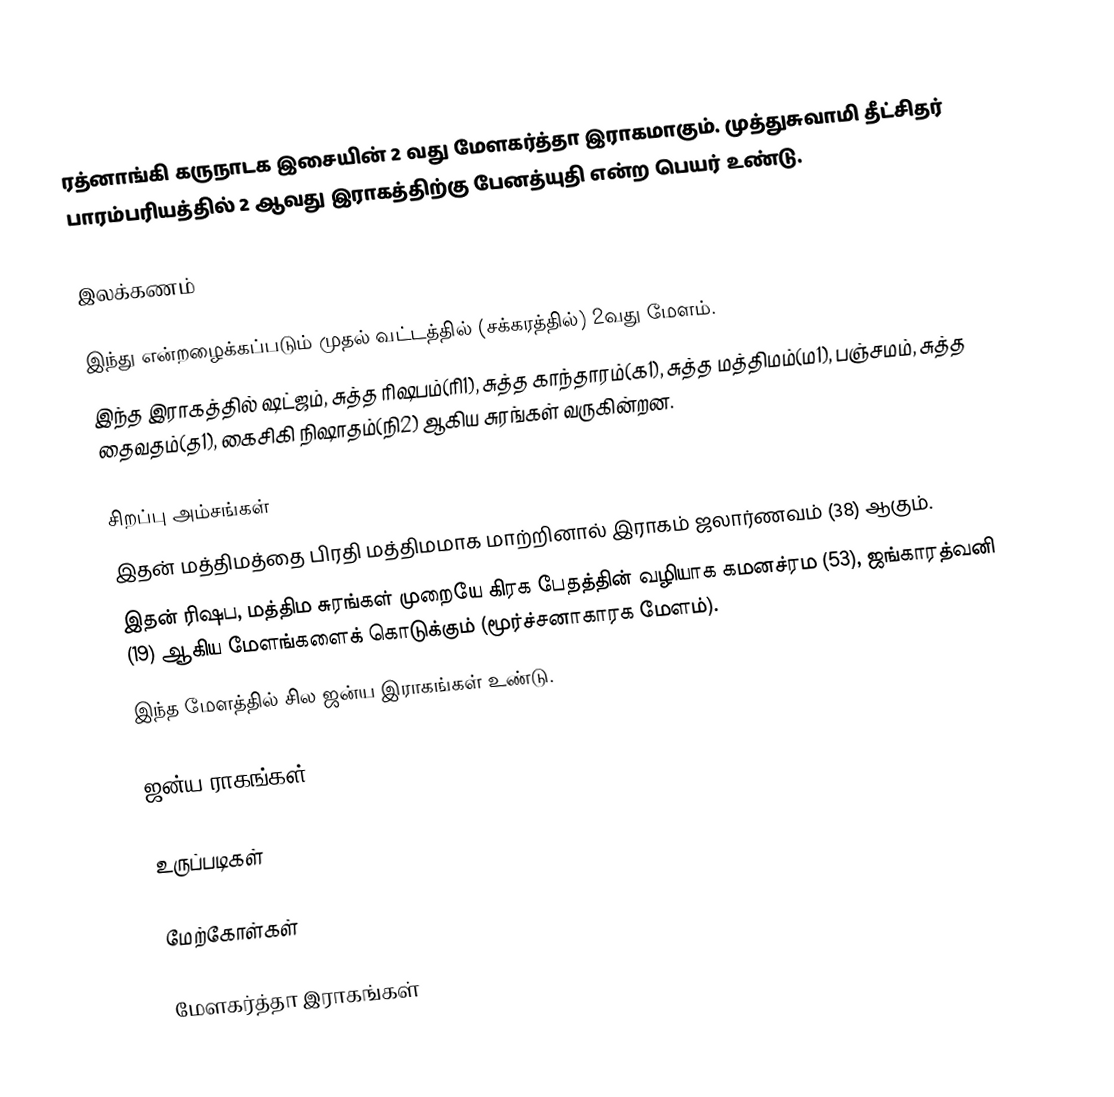
ரத்னாங்கி கருநாடக இசையின் 2 வது மேளகர்த்தா இராகமாகும். முத்துசுவாமி தீட்சிதர் பாரம்பரியத்தில் 2 ஆவது இராகத்திற்கு பேனத்யுதி என்ற பெயர் உண்டு.

இலக்கணம்

 இந்து என்றழைக்கப்படும் முதல் வட்டத்தில் (சக்கரத்தில்) 2வது மேளம்.
 இந்த இராகத்தில் ஷட்ஜம், சுத்த ரிஷபம்(ரி1), சுத்த காந்தாரம்(க1), சுத்த மத்திமம்(ம1), பஞ்சமம், சுத்த தைவதம்(த1), கைசிகி நிஷாதம்(நி2) ஆகிய சுரங்கள் வருகின்றன.

சிறப்பு அம்சங்கள்
 இதன் மத்திமத்தை பிரதி மத்திமமாக மாற்றினால் இராகம் ஜலார்ணவம் (38) ஆகும்.
 இதன் ரிஷப, மத்திம சுரங்கள் முறையே கிரக பேதத்தின் வழியாக கமனச்ரம (53), ஜங்காரத்வனி (19) ஆகிய மேளங்களைக் கொடுக்கும் (மூர்ச்சனாகாரக மேளம்).
 இந்த மேளத்தில் சில ஜன்ய இராகங்கள் உண்டு.

ஜன்ய ராகங்கள்

உருப்படிகள்

மேற்கோள்கள்

மேளகர்த்தா இராகங்கள்